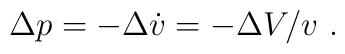
\Delta p = -\Delta \dot{v} =- \Delta V /v \ .